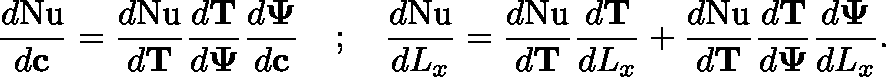
\frac { d \mathrm { N u } } { d \mathbf { c } } = \frac { d \mathrm { N u } } { d \mathbf { T } } \frac { d \mathbf { T } } { d \mathbf { \Psi } } \frac { d \mathbf { \Psi } } { d \mathbf { c } } \quad ; \quad \frac { d \mathrm { N u } } { d L _ { x } } = \frac { d \mathrm { N u } } { d \mathbf { T } } \frac { d \mathbf { T } } { d L _ { x } } + \frac { d \mathrm { N u } } { d \mathbf { T } } \frac { d \mathbf { T } } { d \mathbf { \Psi } } \frac { d \mathbf { \Psi } } { d L _ { x } } .